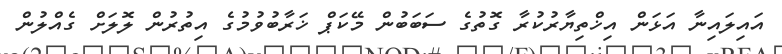
އައިލައިނާ އަޅަން އިޚްތިޔާރުކުރާ ގޮތުގެ ސަބަބުން މޭކަޕް ޚަރާބުވުމުގެ އިތުރުން ލޮލަށް ގެއްލުން